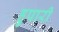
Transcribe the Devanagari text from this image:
हुपारी